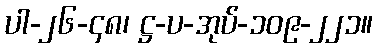
ပါ-၂၆-၄၈၊ ဋ္ဌ-ပ-အုပ်-၁၀၉-၂၂၁။